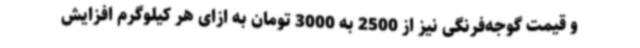
و قیمت گوجه‌فرنگی نیز از 2500 به 3000 تومان به ازای هر کیلوگرم افزایش